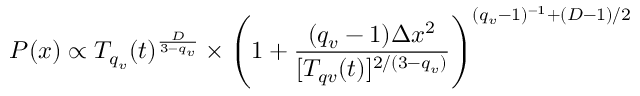
P ( x ) \propto T _ { q _ { v } } ( t ) ^ { \frac { D } { 3 - q _ { v } } } \times \left( 1 + \frac { ( q _ { v } - 1 ) \Delta x ^ { 2 } } { [ T _ { q v } ( t ) ] ^ { 2 / ( 3 - q _ { v } ) } } \right) ^ { ( q _ { v } - 1 ) ^ { - 1 } + ( D - 1 ) / 2 }